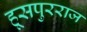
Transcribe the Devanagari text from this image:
हूसपुरराज